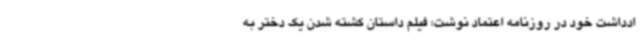
ادداشت خود در روزنامه اعتماد نوشت: فیلم داستان کشته شدن یک دختر به